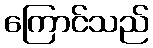
ကြောင်သည်